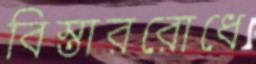
বিস্তাররোধে